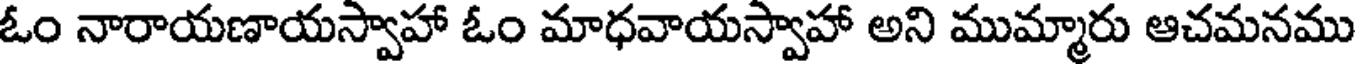
ఓం నారాయణాయస్వాహా ఓం మాధవాయస్వాహా అని ముమ్మారు ఆచమనము